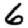
Digit: 6